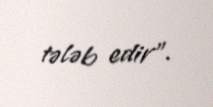
tələb edir”.